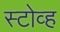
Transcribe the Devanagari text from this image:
स्टोव्ह